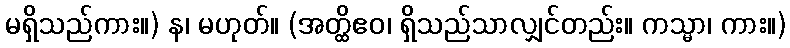
မရှိသည်ကား။) န၊ မဟုတ်။ (အတ္ထိဧဝ၊ ရှိသည်သာလျှင်တည်း။ ကသ္မာ၊ ကား။)